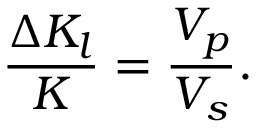
\frac { \Delta K _ { l } } { K } = \frac { V _ { p } } { V _ { s } } .